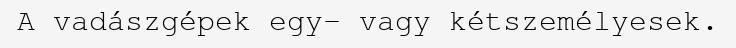
A vadászgépek egy- vagy kétszemélyesek.